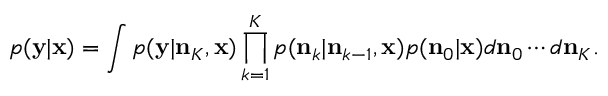
p ( \mathbf { y } \vert \mathbf { x } ) = \int p ( \mathbf { y } \vert \mathbf { n } _ { K } , \mathbf { x } ) \prod _ { k = 1 } ^ { K } p ( \mathbf { n } _ { k } \vert \mathbf { n } _ { k - 1 } , \mathbf { x } ) p ( \mathbf { n } _ { 0 } \vert \mathbf { x } ) d \mathbf { n } _ { 0 } \cdots d \mathbf { n } _ { K } .